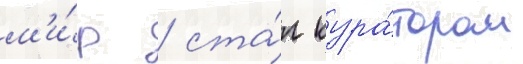
м'и́р / ста́л кура́тором